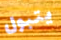
يتبول